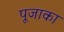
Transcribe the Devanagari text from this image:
पूजाका